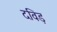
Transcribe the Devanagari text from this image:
दविड़